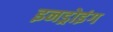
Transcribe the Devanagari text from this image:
इनड्रोइंग